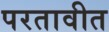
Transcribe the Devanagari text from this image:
परतावीत